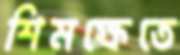
শিমক্ষেতে